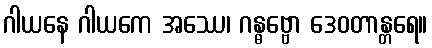
ဂါယနေ ဂါယကေ အဿေ၊ ဂန္ဓဗ္ဗော ဒေဝတာန္တရေ။